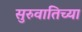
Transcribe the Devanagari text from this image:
सुरुवातिच्या